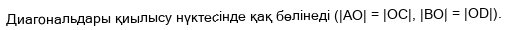
Диагональдары қиылысу нүктесінде қақ бөлінеді (|AO| = |OC|, |BO| = |OD|).